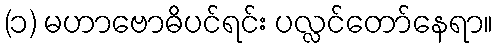
(၁) မဟာဗောဓိပင်ရင်း ပလ္လင်တော်နေရာ။